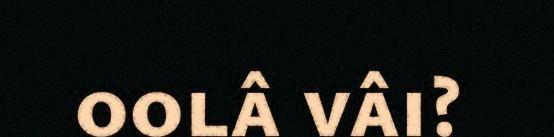
oolâ vâi?